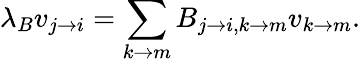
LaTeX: \lambda_{B}v_{j\rightarrow i}=\sum_{k\rightarrow m}B_{j\rightarrow i,k\rightarrow m}v_{k\rightarrow m}.